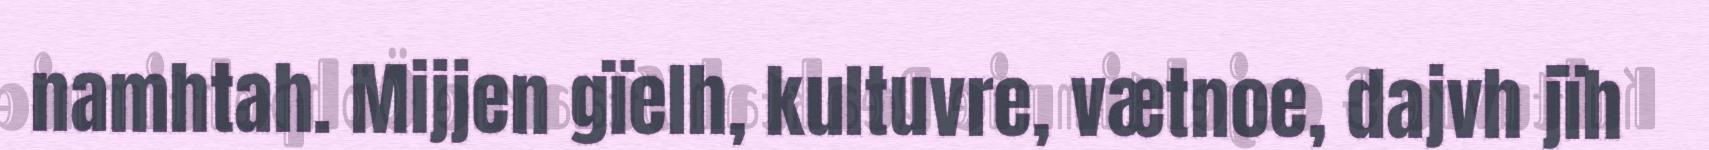
namhtah. Mijjen gïelh, kultuvre, vætnoe, dajvh jïh